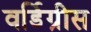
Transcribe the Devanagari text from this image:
वर्डिग्रीस